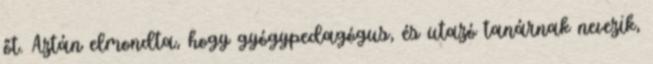
őt. Aztán elmondta, hogy gyógypedagógus, és utazó tanárnak nevezik,